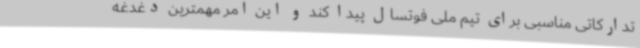
تدارکاتی مناسبی برای تیم ملی فوتسال پیدا کند و این امر مهمترین دغدغه